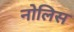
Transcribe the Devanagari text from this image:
नोलिस